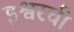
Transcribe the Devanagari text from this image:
इश्वरची